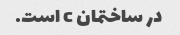
در ساختمان c است.